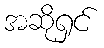
အဆိုရှင်